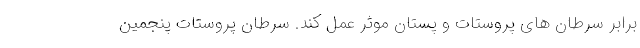
برابر سرطان های پروستات و پستان موثر عمل کند. سرطان پروستات پنجمین